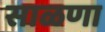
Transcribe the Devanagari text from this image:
साळणा